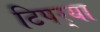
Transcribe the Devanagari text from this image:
टिपर्‍या